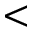
<